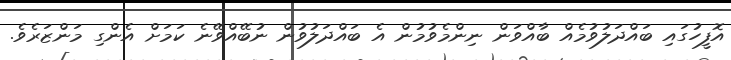
އޮފީހުގައި ބައްދަލުވުމެއް ބާއްވަން ނިންމެވުމުން އެ ބައްދަލުވުން ނުބޭއްވޭނެ ކަމަށް އެންގި މަންޒަރެވެ.